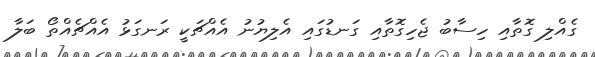
ގެއްލި ގޮތާއި ހިސާބު ޖެހިގޮތާއި ގަނޑުގައި އެލިޔުނު އެއްޗަކީ ރަނގަޅު އެއްޗެއްތޯ ބަލާ